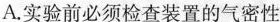
A.实验前必须检查装置的气密性